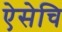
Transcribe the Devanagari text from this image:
ऐसेचि